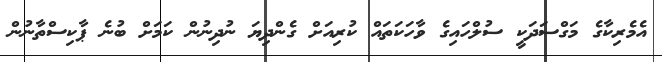
އެމެރިކާގެ މަގްސަދަކީ ސުލްހައިގެ ވާހަކަތައް ކުރިއަށް ގެންދިޔަ ނުދިނުން ކަމަށް ބުނެ ޕާކިސްތާނުން